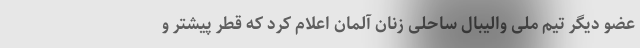
عضو دیگر تیم ملی والیبال ساحلی زنان آلمان اعلام کرد که قطر پیشتر و